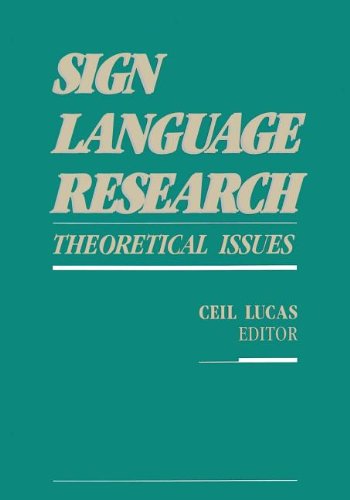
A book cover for Sign Language Research: Theoretical Issues; Reference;